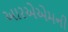
આરએએમની